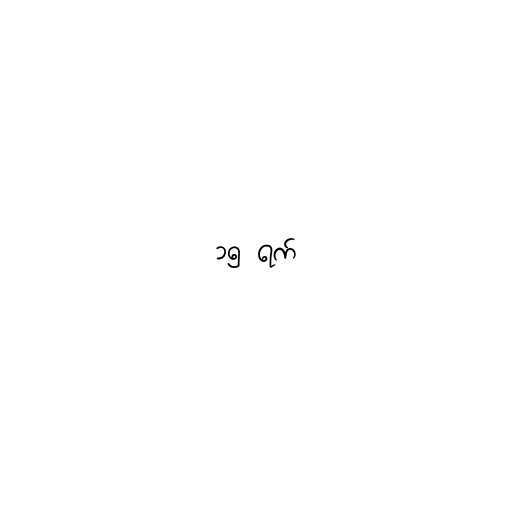
၁၅ ရက်